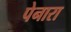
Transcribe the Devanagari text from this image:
पेनारा